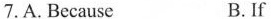
7. A. Because B. If